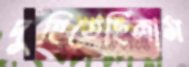
দুহিতেছিলাম